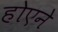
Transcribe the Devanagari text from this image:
होएने